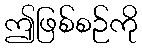
ဤဖြစ်စဉ်ကို